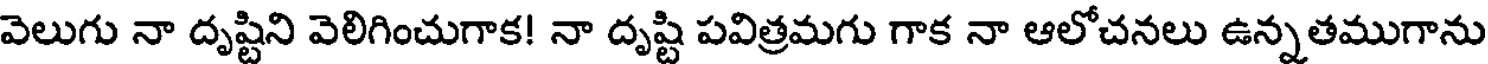
వెలుగు నా దృష్టిని వెలిగించుగాక! నా దృష్టి పవిత్రమగు గాక నా ఆలోచనలు ఉన్నతముగాను